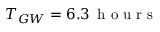
T _ { G W } = 6 . 3 \, \mathrm { ~ h ~ o ~ u ~ r ~ s ~ }